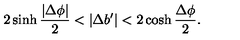
2 \sinh { \frac { | \Delta \phi | } { 2 } } < | \Delta b ^ { \prime } | < 2 \cosh { \frac { \Delta \phi } { 2 } } .